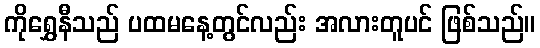
ကိုရွှေနီသည် ပထမနေ့တွင်လည်း အလားတူပင် ဖြစ်သည်။